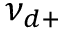
\nu _ { d + }